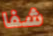
شفا